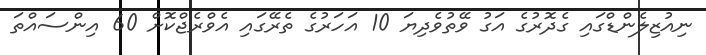
ނިއުޒިލެންޑްގައި ގެދޮރުގެ އަގު ވޭތުވެދިޔަ 10 އަހަރުގެ ތެރޭގައި އެވްރެޖްކޮށް 60 އިންސައްތަ